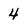
Character: 4